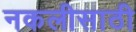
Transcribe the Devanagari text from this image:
नकलीसाठी